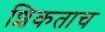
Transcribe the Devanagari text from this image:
शिकताच